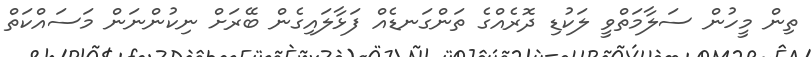
ތިން މީހުން ސަލާމަތްވީ ލަކުޑި ދޮރެއްގެ ތަންގަނޑެއް ފަޅާލައިގެން ބޭރަށް ނިކުންނަން މަސައްކަތް